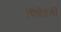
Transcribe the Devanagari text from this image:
पिन्नेटली